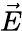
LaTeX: \vec{E}